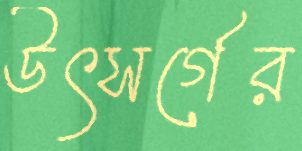
উৎসর্গের